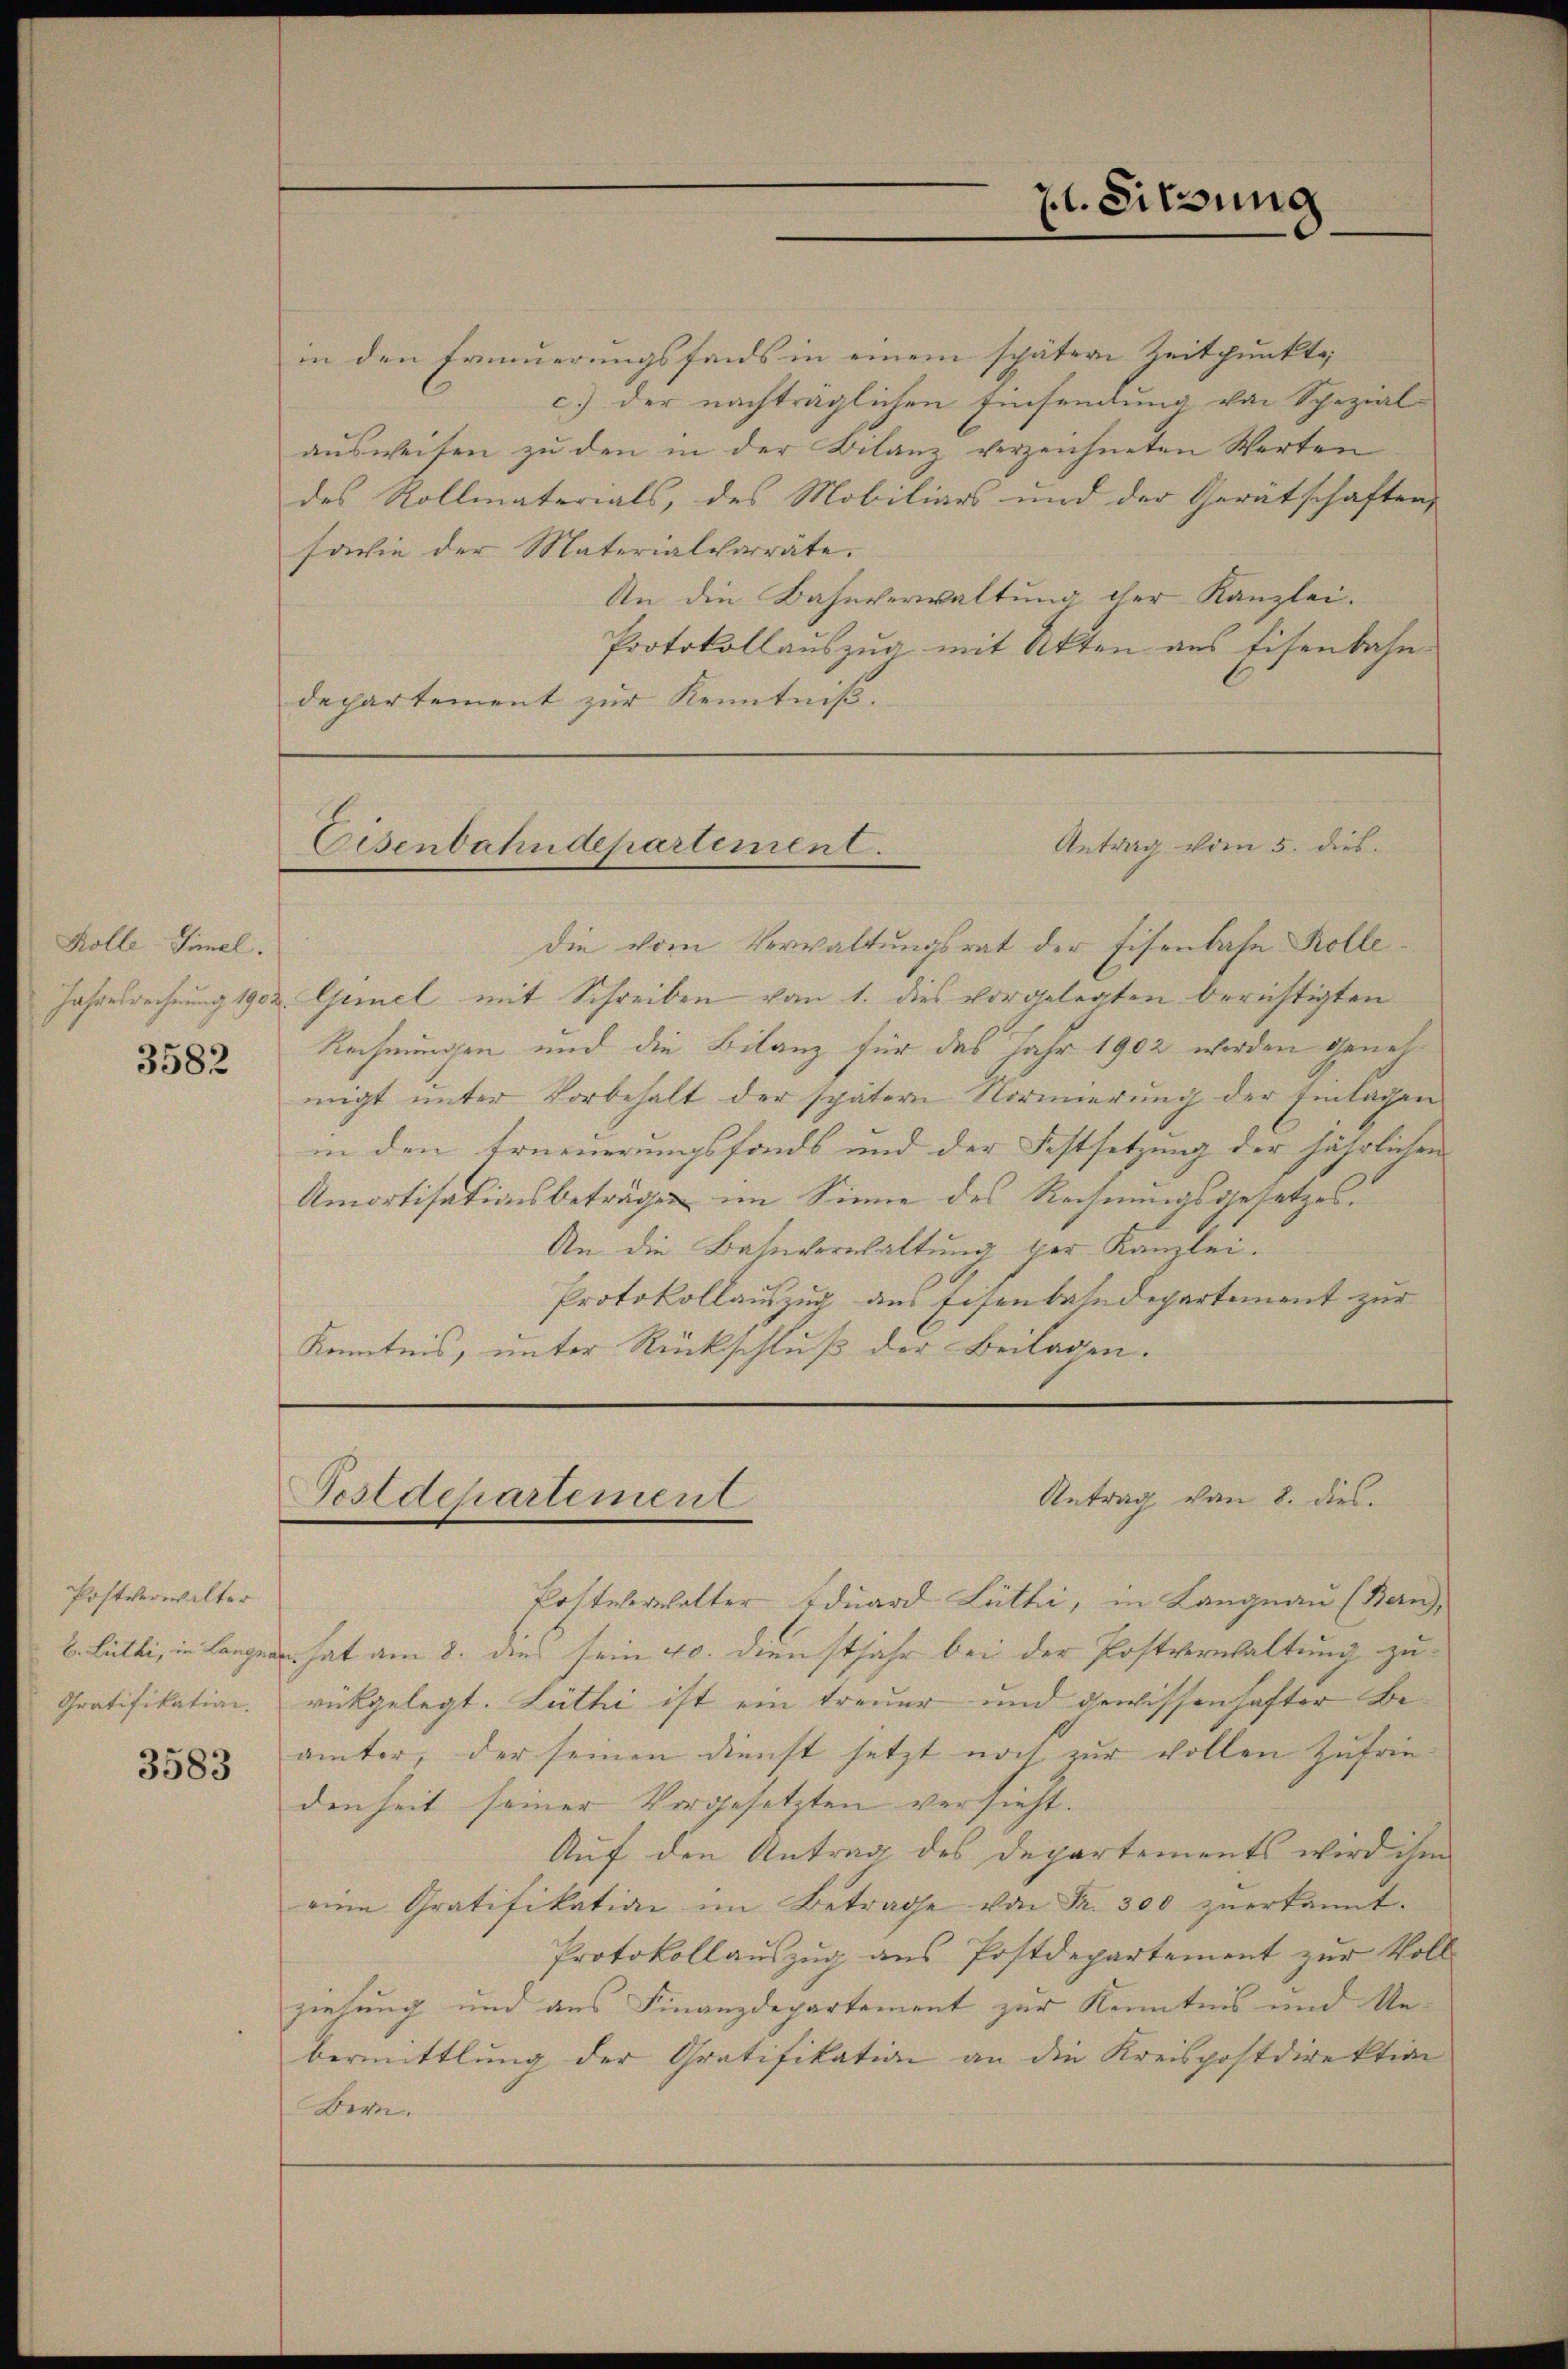
Kolle Simel.
3582

Postverwalter
Gratifikation.

3583

in den freuerungsfonds in einem spätere Zeitpunkte
c.) der nachträglichen Einsendung von Spezial-
aŭsweisen zu den in der Bilanz verzeichneten Werten
des Rollmaterials, des Mobiliars und der Gerätschaften,
facie der Materialvorräte.
An die Bahnverwaltung iher Kanzlei.
Protokollauszug mit Akten aus Eisenbahn
departement zŭr Kenntniβ.

7t. Sitzung

Antrag vom 5. dies
Eisenbahndepartement.

Die vom Verwaltungsrat der Eisenbahn Kolle¬
Jahresrechnung 1902. Gernel mit Schreiben vom 1. dies vorgelegten berichtigten
Rechnungen und die Bilanz für das Jahr 1902 werden genehmigt unter Vorbehalt der spätern Normierŭng der Einlagen
in den Erneuerungsfonds und der Festsetzung der jährlichen |
Amortisationsbeträgen im Sinne des Rechnungsgesetzes.
An die Bahnverwaltung per Kanzlei.
Protokollauszug aus Eisenbahndepartement zur
Kenntnis, unter Rückschluß der Beilagen.

Postdepartement

Antrag von 8. dies.

Postverhalter Eduard Lütti, in Langnau (Bern,
2. Letti, in Langnen, hat am 8. dies sein 40. Dienstjahr bei der Postverwaltung zu
rückgelegt. Lüthi ist ein treuer und gewissenhafter Beämter, der seinen Dienst setzt noch zur vollen Zufrie-
denheit seiner Vorgesetzten versieht.
Auf den Antrag des Departements wird ihm
eine Gratifikation im Betrage von Fr. 300 zŭerkannt.
Protokollaŭszŭg ans Postdepartement zŭr Voll
ziehung und aus Finanzdepartement zur Kenntnis und Unbermittlung der Gratifikation an die Kreispostdirektion
Bern.